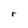
Character: r